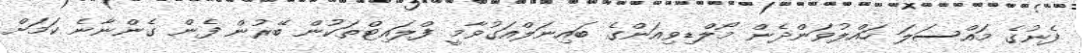
ފެނުގެ މައްސަލަ ހައްލުވަންދެން މޯލްޑިވިއަންގެ ބައިނަލްއަގުވާމީ ފްލައިޓްތަކުން ބޭރުން ފެން ގެންނާނެ ކަމަށް